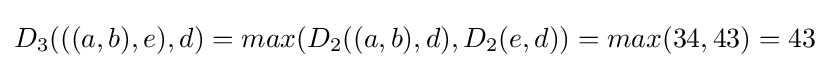
D_{3}(((a,b),e),d)=max(D_{2}((a,b),d),D_{2}(e,d))=max(34,43)=43